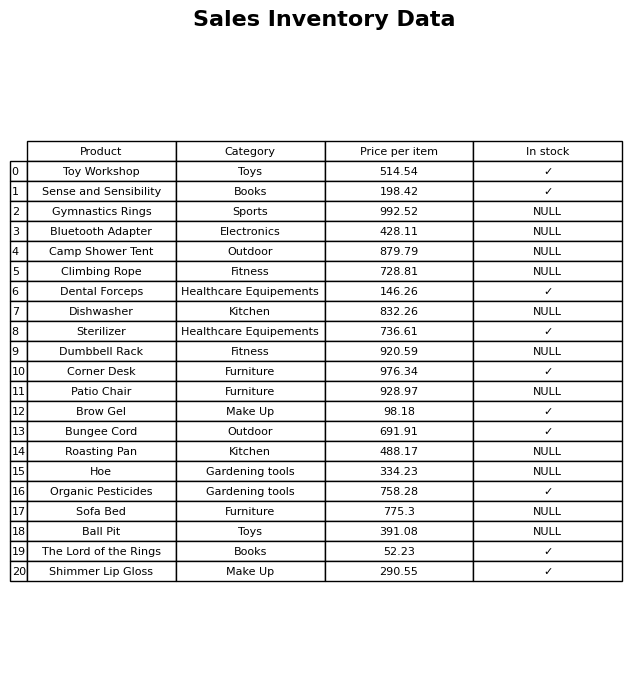
question: What is the stock status of the Camp Shower Tent?
answer: NULL